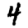
Digit: 4